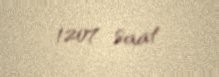
1207 saat